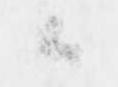
候